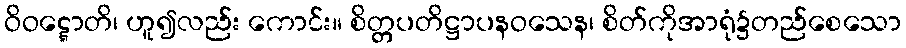
ဝိဝဋ္ဋောတိ၊ ဟူ၍လည်း ကောင်း။ စိတ္တပတိဋ္ဌာပနဝသေန၊ စိတ်ကိုအာရုံ၌တည်စေသော